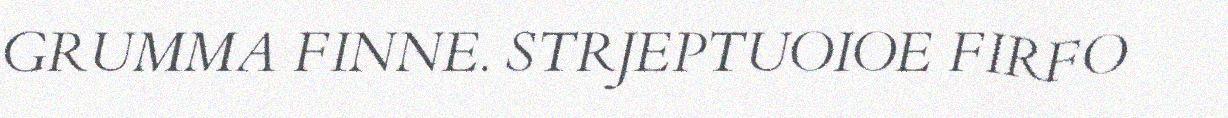
GRUMMA FINNE. STRJEPTUOIOE FIRFO